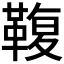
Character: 𩋟